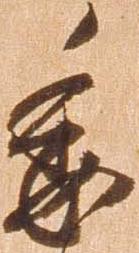
委